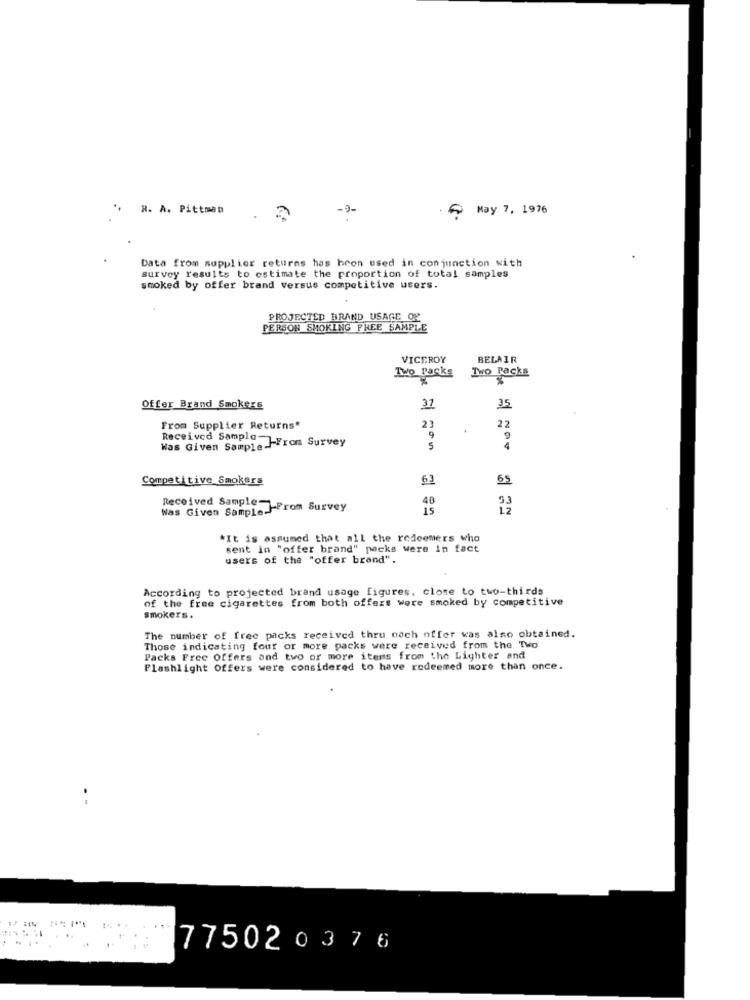
R. A. Pittman
-9-
5 May 7, 1976
Data from supplier returns has been used in conjunction with
survey results to estimate the proportion of total samples
smoked by offer brand versus competitive users.
PROJECTED BRAND USAGE OF
PERSON SMOKING FREE SAMPLE
VICEROY
BELAIR
Two Packs
Two packs
Offer Brand Smokers
37
35
23
22
From Supplier Returns"
Was Given Sample FFron Survey
Received Sample-
5
4
Competitive Smokers
63
65
48
Was Given Sample From Survey
Received Sample-
15
12
*It is assumed that all the redeemers who
sent in "offer brand" packs were in fact
users of the "offer brand".
According to projected brand usage figures, close to two-thirds
of the free cigarettes from both offers were smoked by competitive
smokers.
The number of free packs received thru noch offer vas also obtained.
Those indicating four or more packs were received from the Two
Packs Free Offers and two or more items from the Lighter and
Flashlight Offers were considered to have redeemed more than once.
. -
775020376